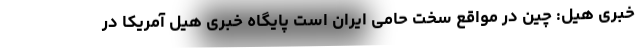
خبری هیل: چین در مواقع سخت حامی ایران است پایگاه خبری هیل آمریکا در